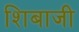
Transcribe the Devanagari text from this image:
शिबाजी